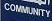
community